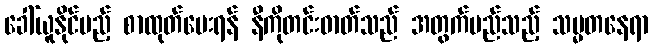
ခေါ်ယူနိုင်မည့် စာထုတ်ပေးရန် နီကိုတင်းဓာတ်သည် အတွက်မည်သည့် သမ္မတနေရာ